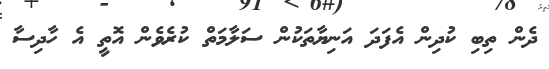
ދެން ތިބި ކުދިން އެފަދަ އަނިޔާތަކުން ސަލާމަތް ކުރެވެން އޮތީ އެ ހާާދިސާ